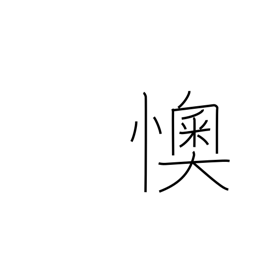
Meaning: provoking